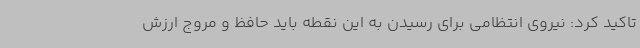
تاکید کرد: نیروی انتظامی برای رسیدن به این نقطه باید حافظ و مروج ارزش